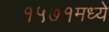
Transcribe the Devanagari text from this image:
१५७१मध्ये